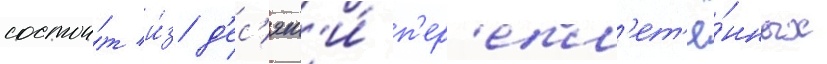
состои́т и́з д'ес'ят'и́ п'ер'епл'ет'ё́нных